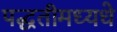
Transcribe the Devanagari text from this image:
पद्धतीमध्यधे